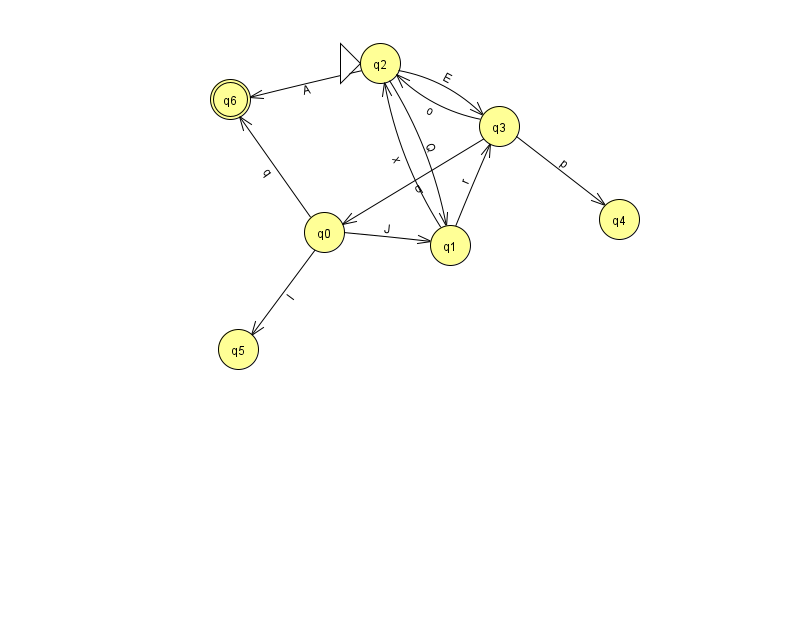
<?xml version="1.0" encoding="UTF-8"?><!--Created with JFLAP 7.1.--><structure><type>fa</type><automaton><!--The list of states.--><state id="0" name="q0"><x>324.0</x><y>219.0</y></state><state id="1" name="q1"><x>450.0</x><y>232.0</y></state><state id="2" name="q2"><x>380.0</x><y>50.0</y><initial/></state><state id="3" name="q3"><x>499.0</x><y>113.0</y></state><state id="4" name="q4"><x>619.0</x><y>206.0</y></state><state id="5" name="q5"><x>238.0</x><y>336.0</y></state><state id="6" name="q6"><x>230.0</x><y>86.0</y><final/></state><!--The list of transitions.--><transition><from>2</from><to>3</to><read>E</read></transition><transition><from>1</from><to>2</to><read>x</read></transition><transition><from>3</from><to>0</to><read>q</read></transition><transition><from>0</from><to>1</to><read>J</read></transition><transition><from>3</from><to>2</to><read>o</read></transition><transition><from>0</from><to>6</to><read>q</read></transition><transition><from>0</from><to>5</to><read>l</read></transition><transition><from>2</from><to>1</to><read>Q</read></transition><transition><from>2</from><to>6</to><read>A</read></transition><transition><from>1</from><to>3</to><read>r</read></transition><transition><from>3</from><to>4</to><read>p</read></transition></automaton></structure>